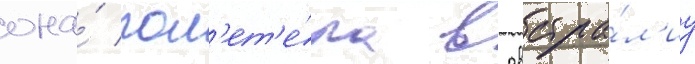
она́ пол'ет'е́ла в австра́л'иу